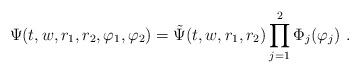
LaTeX: \begin{align*}\Psi(t,w,r_1,r_2,\varphi_1,\varphi_2) =\tilde \Psi(t,w,r_1,r_2) \prod_{j=1}^2 \Phi_j(\varphi_j ) \ .\end{align*}